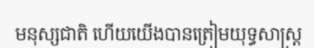
មនុស្សជាតិ ហើយយើងបានត្រៀមយុទ្ធសាស្ត្រ